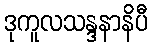
ဒုကူလသန္ဒနာနိပီ